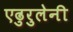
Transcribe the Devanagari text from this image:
एढुरुलेनी